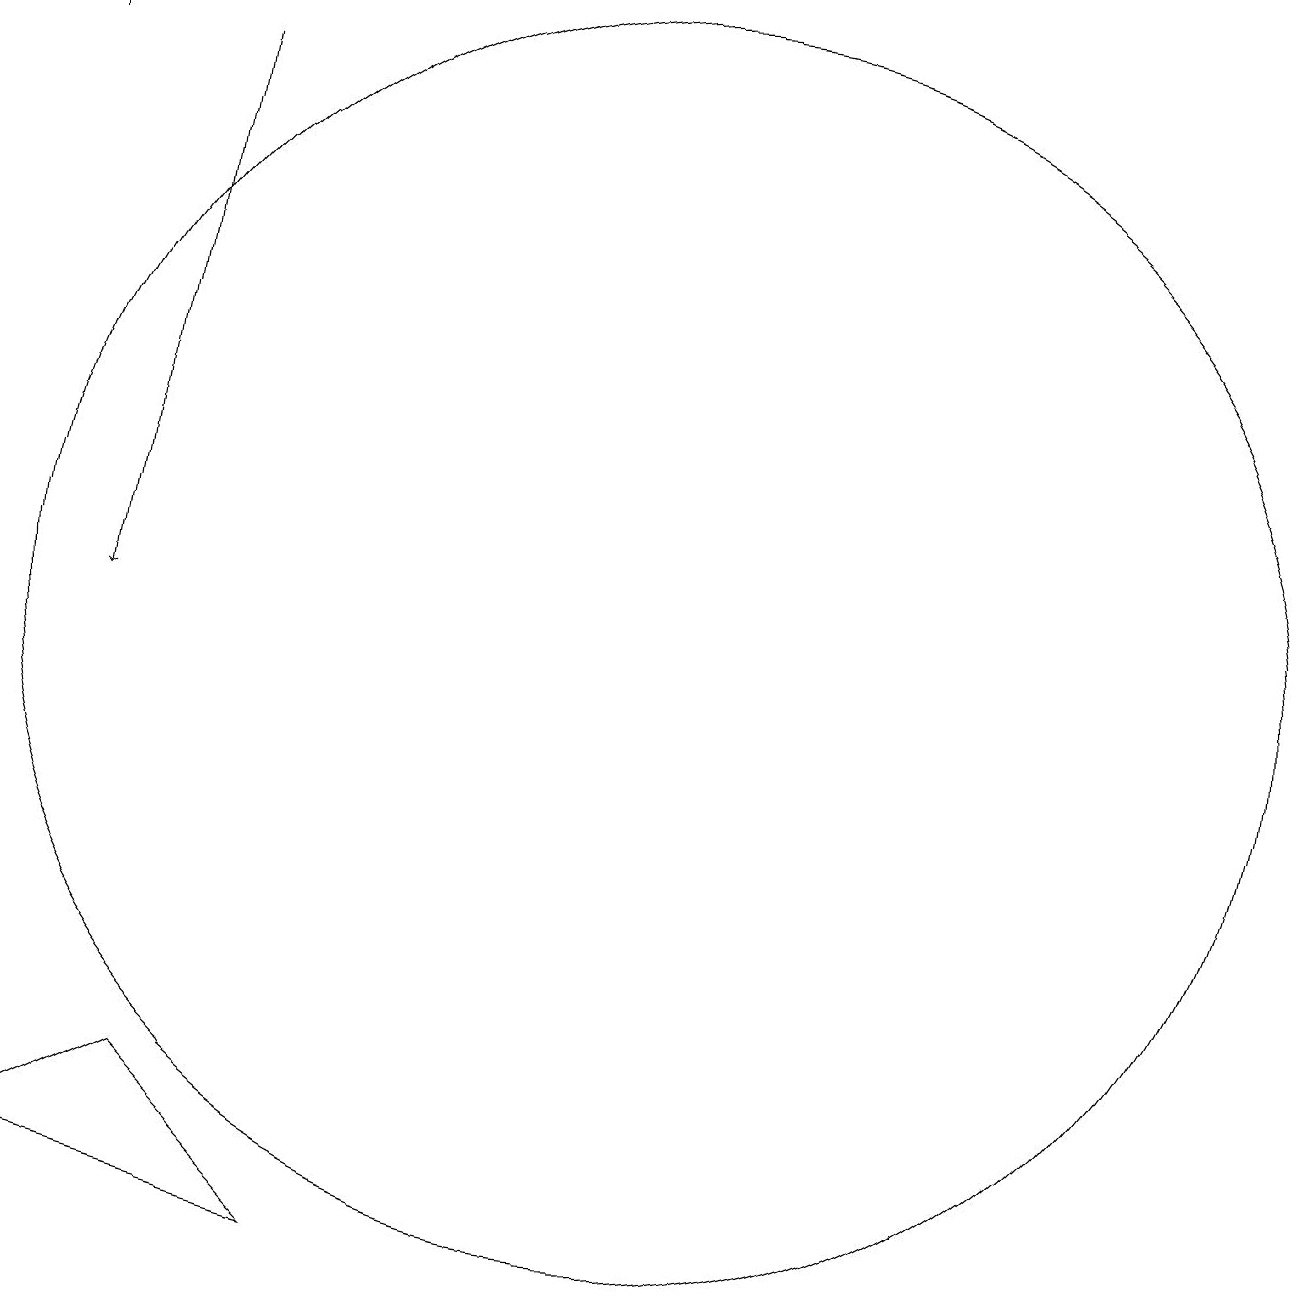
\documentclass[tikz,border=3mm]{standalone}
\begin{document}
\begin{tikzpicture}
\draw[->] (4,18) -- (4,19);
\draw (12,11) circle (8);
\draw (8,3) -- (4,4) -- (6,5) -- cycle;
\draw[->] (6,18) -- (5,11);
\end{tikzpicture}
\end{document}